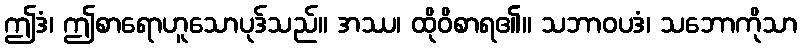
ဤဒံ၊ ဤစာရောဟူသောပုဒ်သည်။ အဿ၊ ထိုဝိစာရ၏။ သဘာဝပဒံ၊ သဘောကိုသာ